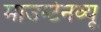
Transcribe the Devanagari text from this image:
माउन्टेनव्यू